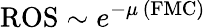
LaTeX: \mathrm{ROS}\sim e^{-\mu\, (\mathrm{{FMC})}}